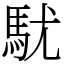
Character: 駀